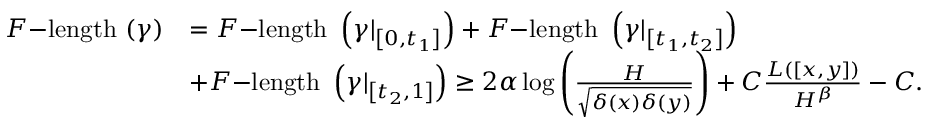
\begin{array} { r l } { F \mathrm { - l e n g t h ~ } ( \gamma ) } & { = F \mathrm { - l e n g t h ~ } \left( \gamma | _ { \left[ 0 , t _ { 1 } \right] } \right) + F \mathrm { - l e n g t h ~ } \left( \gamma | _ { \left[ t _ { 1 } , t _ { 2 } \right] } \right) } \\ & { + F \mathrm { - l e n g t h ~ } \left( \gamma | _ { \left[ t _ { 2 } , 1 \right] } \right) \geq 2 \alpha \log \left( \frac { H } { \sqrt { \delta ( x ) \delta ( y ) } } \right) + C \frac { L ( [ x , y ] ) } { H ^ { \beta } } - C . } \end{array}